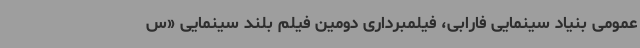
عمومی بنیاد سینمایی فارابی، فیلمبرداری دومین فیلم بلند سینمایی «س